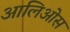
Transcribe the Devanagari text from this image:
आलिओस